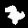
Label: 7